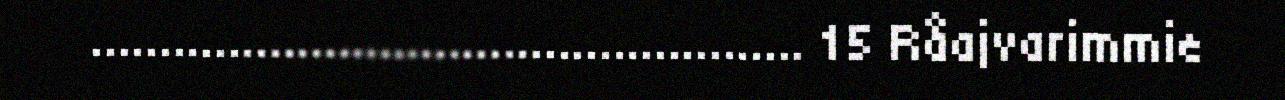
.................................................... 15 Råajvarimmie